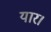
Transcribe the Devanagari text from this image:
यार।